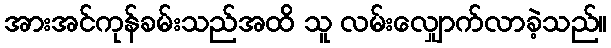
အားအင်ကုန်ခမ်းသည်အထိ သူ လမ်းလျှောက်လာခဲ့သည်။